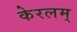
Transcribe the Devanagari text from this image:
केरलम्